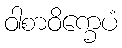
ဝါစာဝိက္ခေပံ